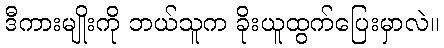
ဒီကားမျိုးကို ဘယ်သူက ခိုးယူထွက်ပြေးမှာလဲ။